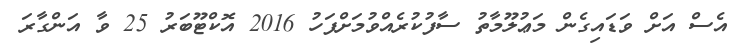
އެސް އަށް ވަޑައިގެން މަޢުލޫމާތު ސާފުކުރެއްވުމަށްފަހު 2016 އޮކްޓޫބަރު 25 ވާ އަންގާރަ